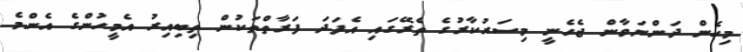
މިހެން ދަންނަވާން ޖެހެނީ މިސަރުކާރުގެ ތެރޭގައި އެފަދަ ފަރާތްތަކުން ތިބިއިރު އެމީހުންގެ އެންމެ